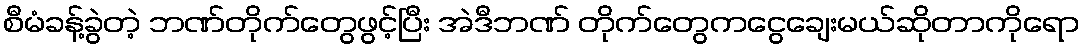
စီမံခန့်ခွဲတဲ့ ဘဏ်တိုက်တွေဖွင့်ပြီး အဲဒီဘဏ် တိုက်တွေကငွေချေးမယ်ဆိုတာကိုရော